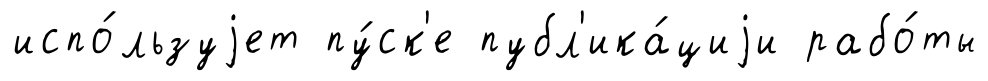
испо́льзуjет пу́ск'е публ'ика́циjи рабо́ты